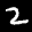
Label: 2